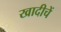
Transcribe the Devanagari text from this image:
खादीचें